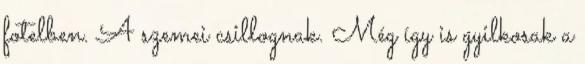
fotelben. A szemei csillognak. Még így is gyilkosak a